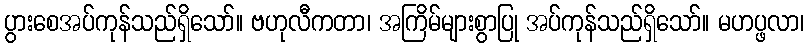
ပွားစေအပ်ကုန်သည်ရှိသော်။ ဗဟုလီကတာ၊ အကြိမ်များစွာပြု အပ်ကုန်သည်ရှိသော်။ မဟပ္ဖလာ၊